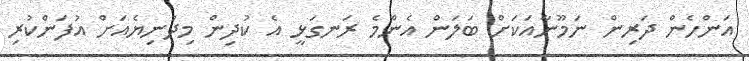
އަންހެން ދަރިން ނަމޫނާއަކަށް ބަލަން އެންމެ ރަނގަޅީ އެ ކުދިން މިދުނިޔެއަށް އުފަންކުރި